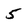
Character: 5